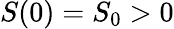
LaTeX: S(0)=S_{0}>0